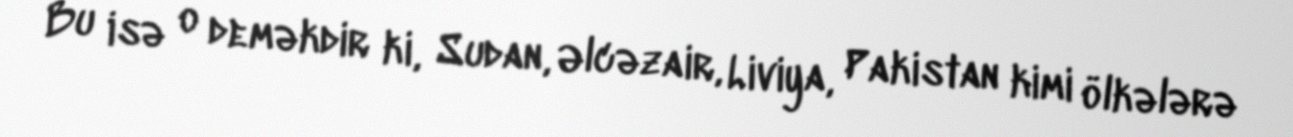
Bu isə o deməkdir ki, Sudan, Əlcəzair, Liviya, Pakistan kimi ölkələrə